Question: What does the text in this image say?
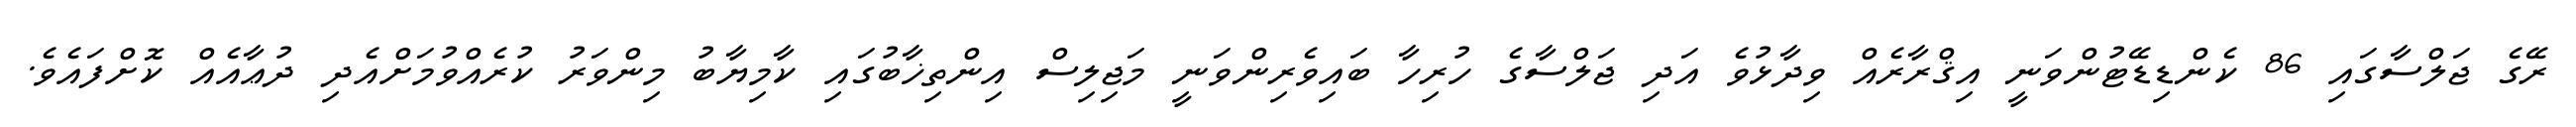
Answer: ރޭގެ ޖަލްސާގައި 86 ކެންޑިޑޭޓުންވަނީ އިޤްރާރެއް ވިދާޅުވެ އަދި ޖަލްސާގެ ހުރިހާ ބައިވެރިންވަނީ މަޖިލިސް އިންތިޚާބުގައި ކާމިޔާބު މިންވަރު ކުރެއްވުމަށްއެދި ދުޢާއެއް ކޮށްފައެވެ.